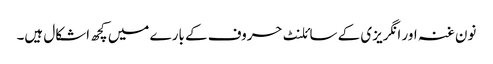
نون غنہ اور انگریزی کے سائلنٹ حروف کے بارے میں کچھ اشکال ہیں۔